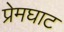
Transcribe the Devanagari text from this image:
प्रेमघाट